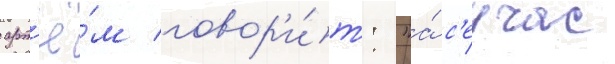
арт'ё́м говор'и́т: "а́ с'еичас